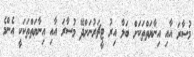
މުސާރަ އާއި އިނާޔަތްތަކަށް ބަލާ އިރު ޓީޗަރުނަށްދޭ މުސާރަ އާއި އިނާޔަތްތަކަކީ އެންމެ